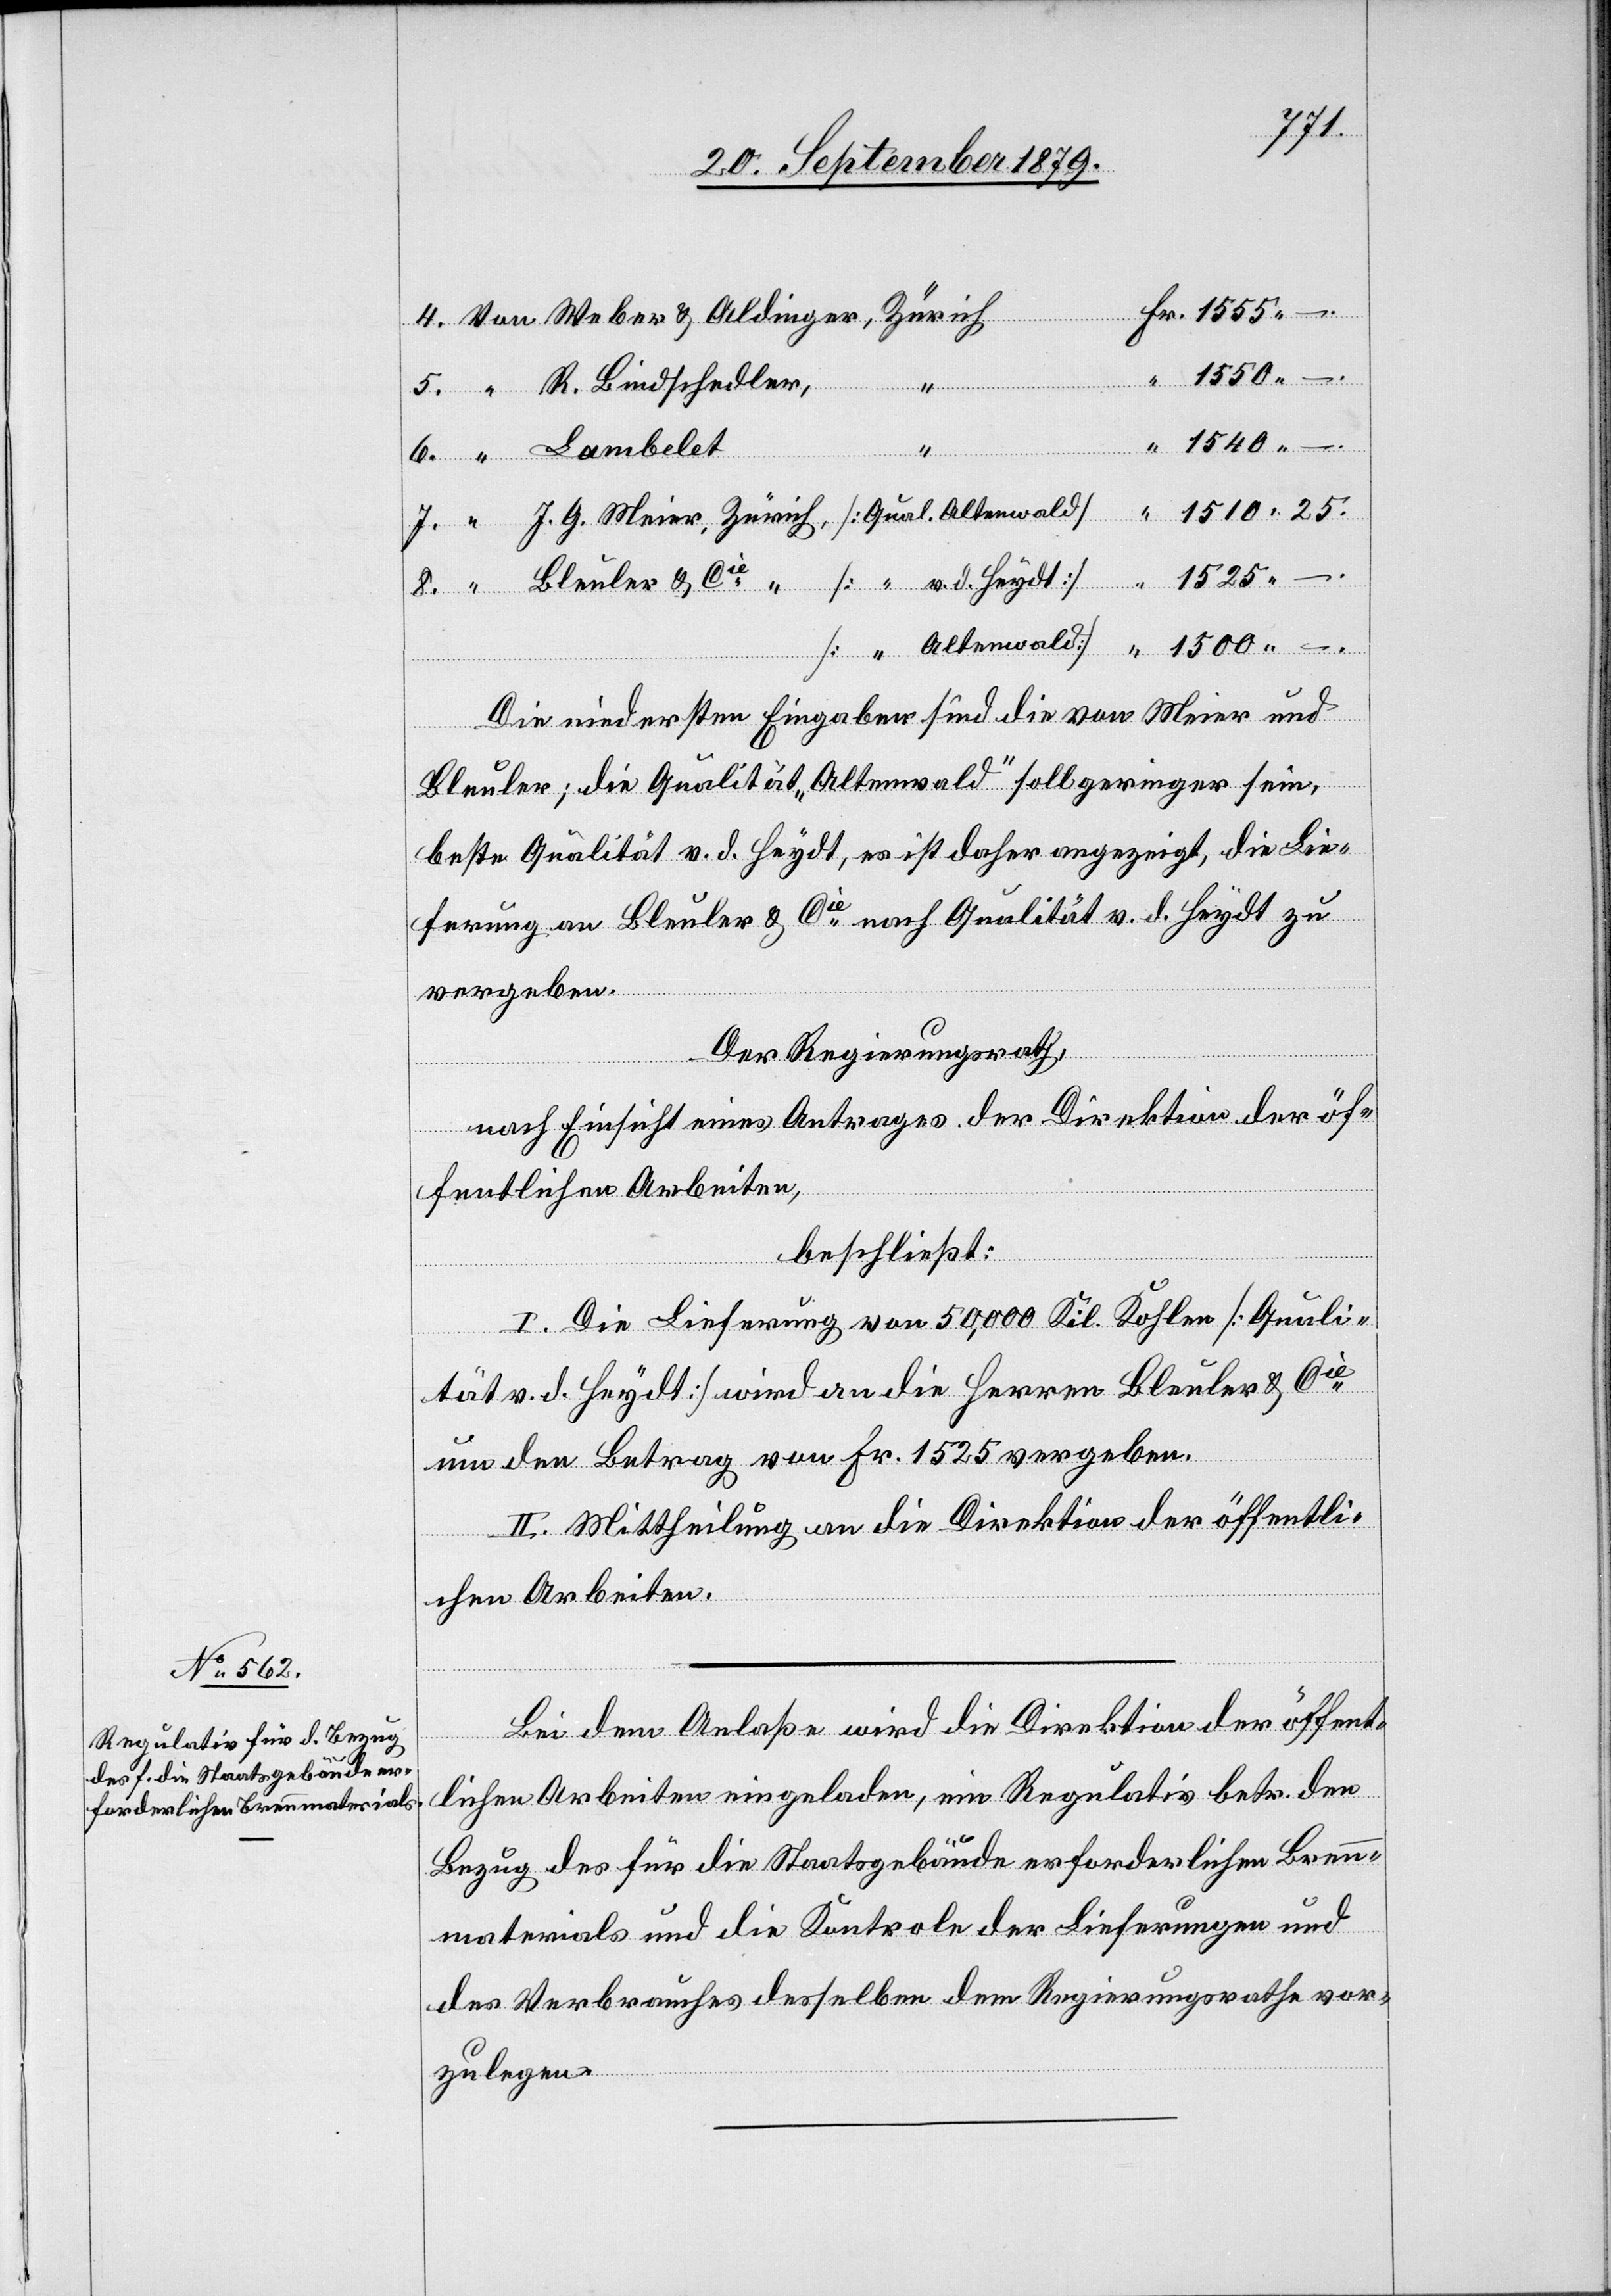
Aldinger,
“ R. Bindschedler,
Lambelet,
“ Bleuler & Cie [
Meier,
Die niedersten Eingaben sind die von Meier und
Bleuler; die Qualität „Altenwald“ soll geringer sein,
beste Qualität v. d. Heydt, es ist daher angezeigt, die Lie¬
ferung an Bleuler & Cie nach Qualität v. d. Heydt zu
vergeben.
Der Regierungsrath,
d.
nach Einsicht eines Antrages der Direktion der öf¬
fentlichen Arbeiten,
beschließt:
I. Die Lieferung von 50,000 Kil. Kohlen [Quali¬
“
tät v. d. Heydt] wird an die Herren Bleuler & Cie
um den Betrag von Fr. 1525 vergeben.
II. Mittheilung an die Direktion der öffentli¬
chen Arbeiten.
Bei dem Anlaße wird die Direktion der öffent¬
lichen Arbeiten eingeladen, ein Regulativ betr. den
Bezug des für die Staatsgebäude erforderlichen Bren¬
nmaterials und die Kontrole der Lieferungen und
des Verbrauches desselben dem Regierungsrathe vor¬
zulegen.